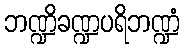
ဘဏ္ဍိခဏ္ဍပရိဘဏ္ဍံ